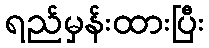
ရည်မှန်းထားပြီး